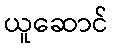
ယူဆောင်